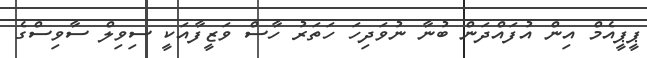
ޕީޕީއެމް އިން އުފައްދަން ބުނާ ނުވަދިހަ ހަތަރު ހާސް ވަޒީފާއަކީ ސިވިލް ސާވިސްގެ